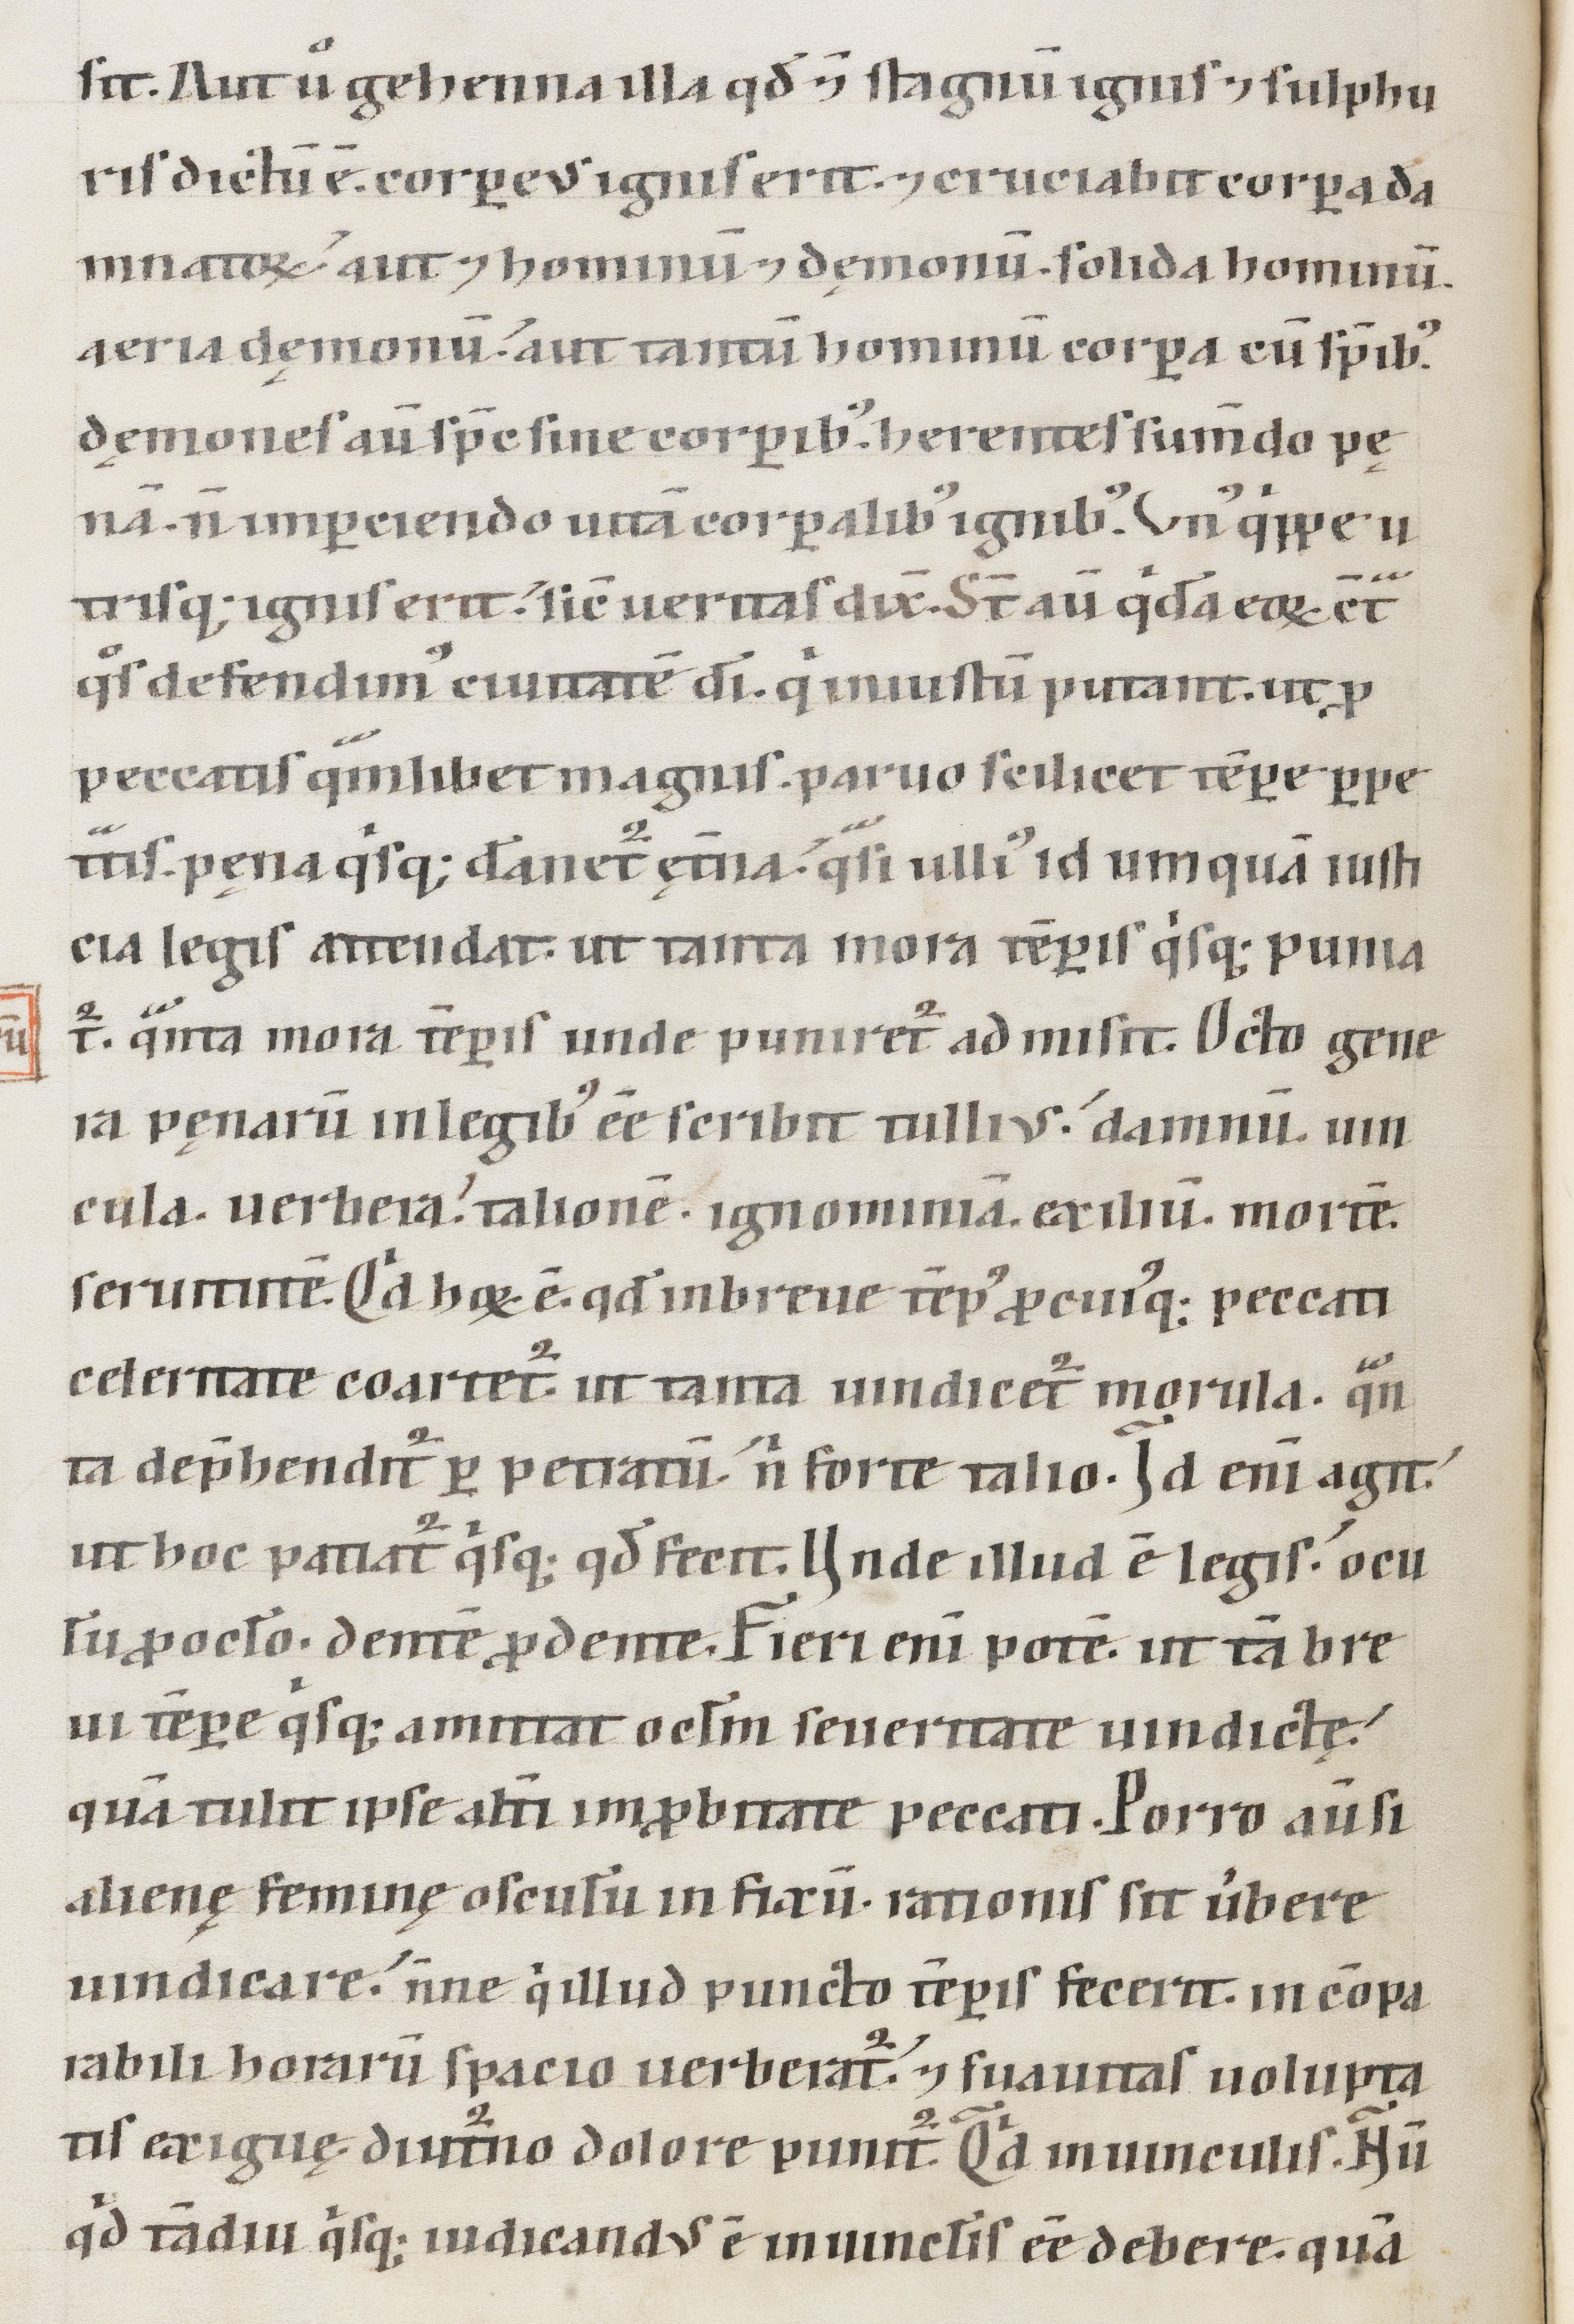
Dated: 1147–1178